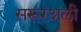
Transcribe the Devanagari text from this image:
सरूरअली